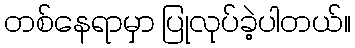
တစ်နေရာမှာ ပြုလုပ်ခဲ့ပါတယ်။